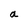
Character: a